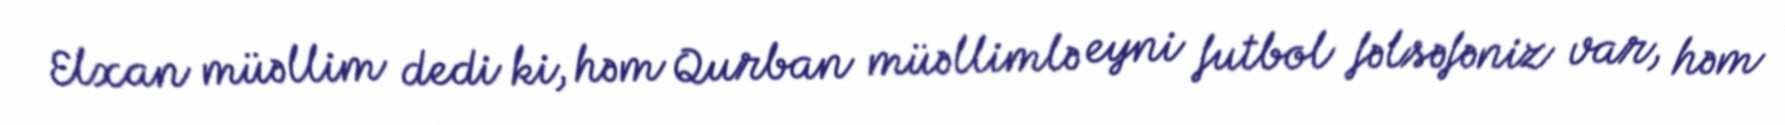
Elxan müəllim dedi ki, həm Qurban müəllimlə eyni futbol fəlsəfəniz var, həm